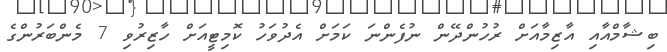
ބިޝާމްއާއި އާޒިމާއަށް ރުހުންދޭން ނުފެންނަ ކަމަށް އެދުވަހު ކޮމިޓީއަށް ހާޒިރުވި 7 މެންބަރުންގެ